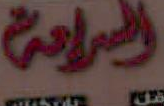
الراحة